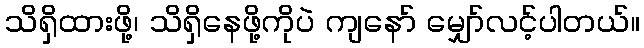
သိရှိထားဖို့၊ သိရှိနေဖို့ကိုပဲ ကျနော် မျှော်လင့်ပါတယ်။